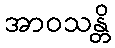
အာဝသန္တိ